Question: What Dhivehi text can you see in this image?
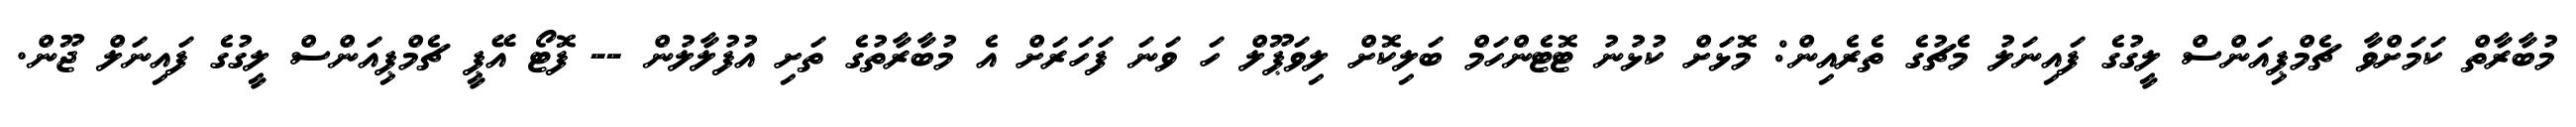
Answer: މުބާރާތް ކަމަށްވާ ޗެމްޕިއަންސް ލީގުގެ ފައިނަލު މެޗުގެ ތެރެއިން: މޮޅަށް ކުޅުނު ޓޮޓެންހަމް ބަލިކޮށް ލިވަޕޫލް ހަ ވަނަ ފަހަރަށް އެ މުބާރާތުގެ ތަށި އުފުލާލުން -- ފޮޓޯ އޭޕީ ޗެމްޕިއަންސް ލީގުގެ ފައިނަލް ޖޫން.